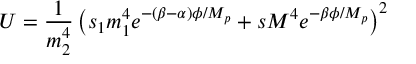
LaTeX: U = \frac { 1 } { m _ { 2 } ^ { 4 } } \left( s _ { 1 } m _ { 1 } ^ { 4 } e ^ { - ( \beta - \alpha ) \phi / M _ { p } } + s M ^ { 4 } e ^ { - \beta \phi / M _ { p } } \right) ^ { 2 }